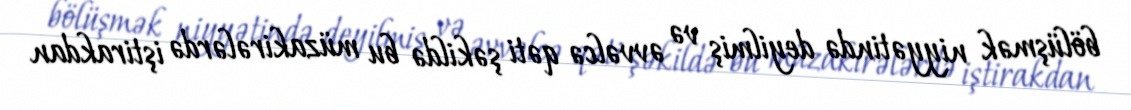
bölüşmək niyyətində deyilmiş və əvvəlcə qəti şəkildə bu müzakirələrdə iştirakdan